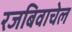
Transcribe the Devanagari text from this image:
रजबिवाचेल